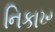
નિકાખ